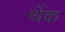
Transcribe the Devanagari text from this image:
थेंक